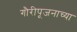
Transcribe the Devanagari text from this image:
गौरीपूजनाच्या